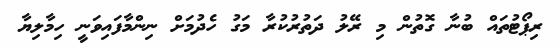
ރިޕޯޓުތައް ބުނާ ގޮތުން މި ރޭލު ދަތުރުކުރާ މަގު ހެދުމަށް ނިންމާފައިވަނީ ހިމާލިޔާ